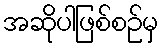
အဆိုပါဖြစ်စဉ်မှ